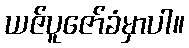
ယဇ်ပူဇော်ခံမှာပါ။